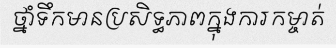
ថ្នាំទឹកមានប្រសិទ្ធភាពក្នុងការកម្ចាត់